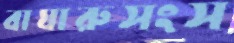
বাঘারুসংস